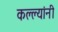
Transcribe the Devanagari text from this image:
कल्ल्यांनी